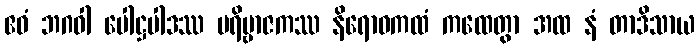
ဧဝံ ဘဂဝါ ပေါဋ္ဌပါဒဿ ပရိဗ္ဗာဇကဿ နိရောဓကထံ ကထေတွာ အထ နံ တာဒိသာယ